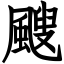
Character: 颼